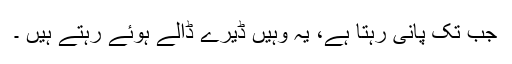
جب تک پانی رہتا ہے، یہ وہیں ڈیرے ڈالے ہوئے رہتے ہیں ۔